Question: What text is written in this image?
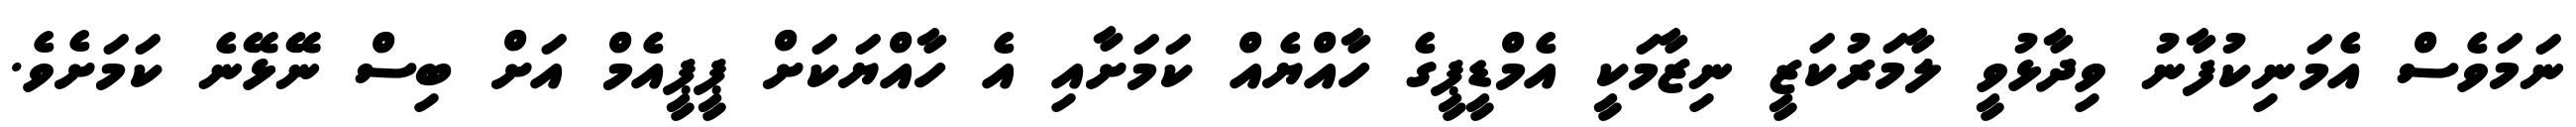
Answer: ނަމަވެސް އެމަނިކުފާނު ވިދާޅުވީ ލާމަރުކަޒީ ނިޒާމަކީ އެމްޑީޕީގެ ހާއްޔެއް ކަމަށާއި އެ ހާއްޔަކަށް ޕީޕީއެމް އަށް ބިސް ނޭޅޭނެ ކަމަށެވެ.